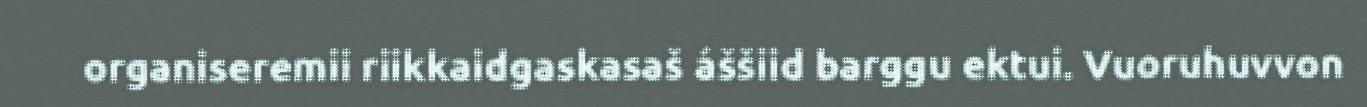
organiseremii riikkaidgaskasaš áššiid barggu ektui. Vuoruhuvvon